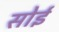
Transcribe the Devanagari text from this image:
सोईं